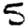
Digit: 5